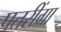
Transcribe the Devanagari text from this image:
पतरींगा